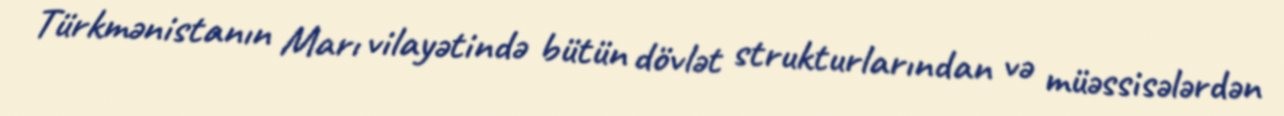
Türkmənistanın Marı vilayətində bütün dövlət strukturlarından və müəssisələrdən